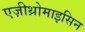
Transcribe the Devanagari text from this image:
एज़ीथ्रोमाइसिन